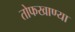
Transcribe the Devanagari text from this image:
तोफखाण्या